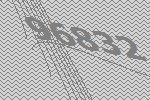
96832